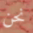
نحن